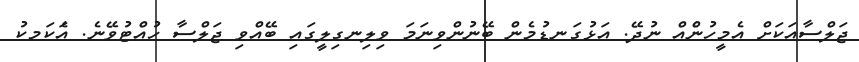
ޖަލްސާއަކަށް އެމީހުންެއް ނުދޭ. އަޅުގަނޑުމެން ބޭނުންވިނަމަ ވިލިނގިލީގައި ބޭއްވި ޖަލްސާ ހުއްޓުވޭނެ. އެަކަމކު